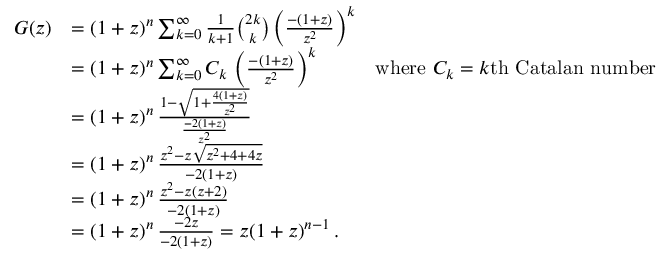
{ \begin{array} { r l r } { G ( z ) } & { = ( 1 + z ) ^ { n } \sum _ { k = 0 } ^ { \infty } { \frac { 1 } { k + 1 } } { \binom { 2 k } { k } } \left( { \frac { - ( 1 + z ) } { z ^ { 2 } } } \right) ^ { k } } \\ & { = ( 1 + z ) ^ { n } \sum _ { k = 0 } ^ { \infty } C _ { k } \, \left( { \frac { - ( 1 + z ) } { z ^ { 2 } } } \right) ^ { k } } & { { \mathrm { w h e r e ~ } } C _ { k } = k { \mathrm { t h ~ C a t a l a n ~ n u m b e r } } } \\ & { = ( 1 + z ) ^ { n } \, { \frac { 1 - { \sqrt { 1 + { \frac { 4 ( 1 + z ) } { z ^ { 2 } } } } } } { \frac { - 2 ( 1 + z ) } { z ^ { 2 } } } } } \\ & { = ( 1 + z ) ^ { n } \, { \frac { z ^ { 2 } - z { \sqrt { z ^ { 2 } + 4 + 4 z } } } { - 2 ( 1 + z ) } } } \\ & { = ( 1 + z ) ^ { n } \, { \frac { z ^ { 2 } - z ( z + 2 ) } { - 2 ( 1 + z ) } } } \\ & { = ( 1 + z ) ^ { n } \, { \frac { - 2 z } { - 2 ( 1 + z ) } } = z ( 1 + z ) ^ { n - 1 } \, . } \end{array} }